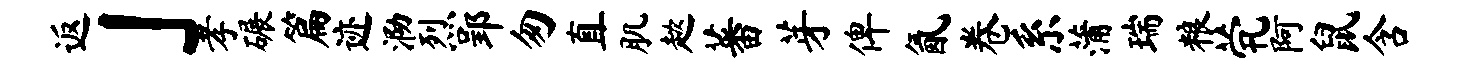
返」孝碾篇迹泐烈郢匆直肌趑蕃芽俾氤卷系蒲瑞粮茕阿鼠含